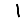
Digit: 1